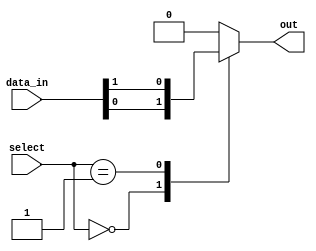
module mux_512_1 (
    input [511:0] data_in,
    input [8:0] select,
    output reg out
);

always @(*) begin
    case(select)
        9'b000000000: out = data_in[0];
        9'b000000001: out = data_in[1];
        // continue the pattern for all 512 cases (omitted for brevity)
        default: out = 0;
    endcase
end

endmodule